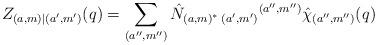
LaTeX: \begin{align*}Z_{(a,m)|(a',m')}(q)=\sum_{(a'',m'')} \hat N_{(a,m)^{*}\;(a',m')}{}^{(a'',m'')}\hat\chi_{(a'',m'')}(q) \end{align*}